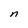
Character: n